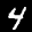
Label: 4